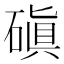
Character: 磌